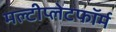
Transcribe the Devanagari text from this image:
मल्टीप्लेटफॉर्म